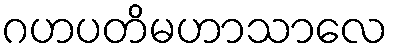
ဂဟပတိမဟာသာလေ